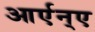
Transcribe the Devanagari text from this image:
आर्एन्ए